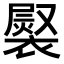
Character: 𧜷